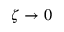
\zeta \to 0